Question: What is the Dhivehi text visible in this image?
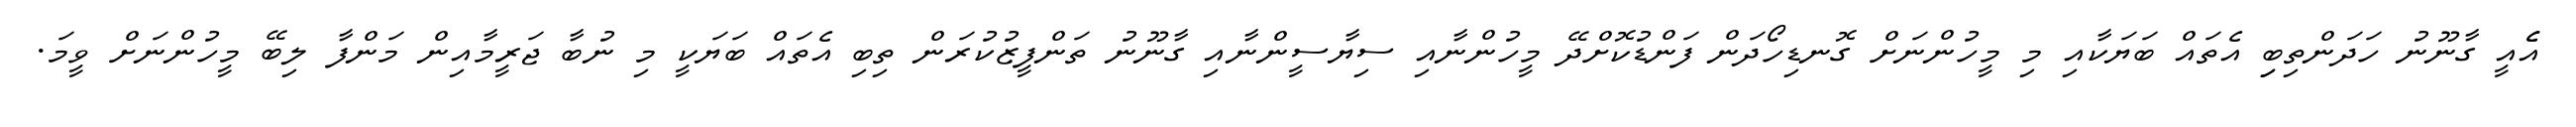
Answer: އެެއީ ގާނޫނު ހަދަންތިބިި އެތައް ބަޔަކާއި މި މީހުންނަށް ގޮނޑިހޯދަން ފަންޑުކޮށްދޭ މީހުންނާއި ސިޔާސީންނާއި ގާނޫނު ތަންފީޒުކުރަން ތިބި އެތައް ބަޔަކީ މި ނުބާ ޖަރީމާއިން މަންފާ ލިބޭ މީހުންނަށް ވީމަ.